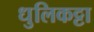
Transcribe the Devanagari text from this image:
धुलिकट्टा